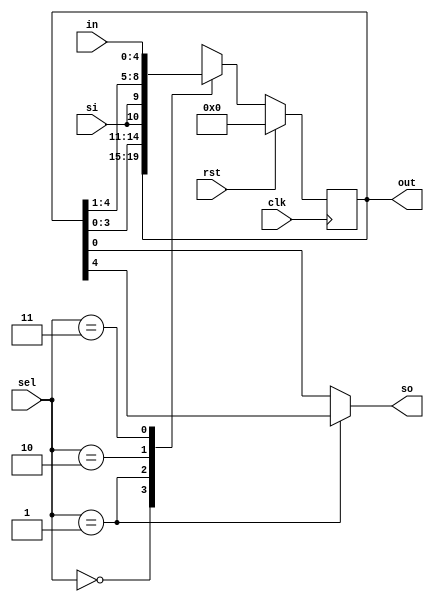
`timescale 1ns / 1ps
//////////////////////////////////////////////////////////////////////////////////
// Company: 
// Engineer: 
// 
// Design Name: 
// Module Name: universal_shift
// Project Name: 
// Target Devices: 
// Tool Versions: 
// Description: 
// 
// Dependencies: 
// 
// Revision:
// Revision 0.01 - File Created
// Additional Comments:
// 
//////////////////////////////////////////////////////////////////////////////////


module universal_shift(sel,in,out,clk,rst,si,so);
input[1:0]sel;
input[4:0]in;
input clk,rst,si;
output reg[4:0] out;
output so;

always@(posedge clk)
begin
if(rst)
out<=0;
else
begin
case(sel)
2'b00: out<=out;
2'b01:out<={out[3:0],si};
2'b10:out<={si,out[4:1]};
2'b11:out<=in;
default :  out<=5'b0;
endcase
end
end

assign so =(sel==2'b01)?out[4]:out[0];
endmodule